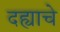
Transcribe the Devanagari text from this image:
दह्याचे